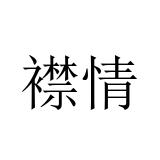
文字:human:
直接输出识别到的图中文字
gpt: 襟情